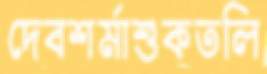
দেবশর্মাশুকতলি